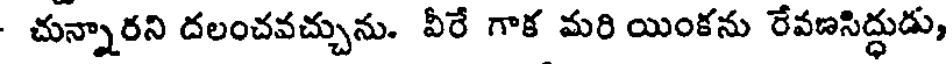
చున్నారని దలంచవచ్చును. వీరే గాక మరి యింకను రేవణసిద్ధుడు,